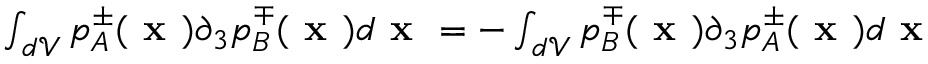
\begin{array} { r } { \int _ { \mathfrak { d } \mathcal { V } } p _ { A } ^ { \pm } ( \textbf { x } ) \partial _ { 3 } p _ { B } ^ { \mp } ( \textbf { x } ) d \textbf { x } = - \int _ { \mathfrak { d } \mathcal { V } } p _ { B } ^ { \mp } ( \textbf { x } ) \partial _ { 3 } p _ { A } ^ { \pm } ( \textbf { x } ) d \textbf { x } } \end{array}